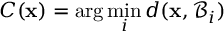
C ( \mathbf { x } ) = \arg \operatorname* { m i n } _ { i } d ( \mathbf { x } , \mathcal { B } _ { i } )